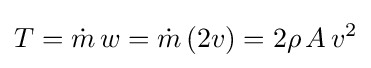
T={\dot {m}}\,w={\dot {m}}\,(2v)=2\rho \,A\,v^{2}